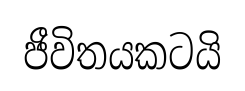
ජීවිතයකටයි